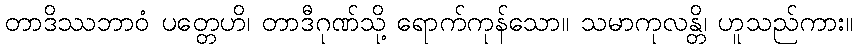
တာဒိဿဘာဝံ ပတ္တေဟိ၊ တာဒီဂုဏ်သို့ ရောက်ကုန်သော။ သမာကုလန္တိ၊ ဟူသည်ကား။